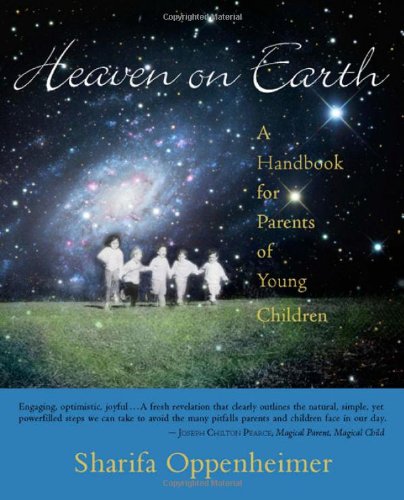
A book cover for Heaven on Earth: A Handbook for Parents of Young Children; Sharifa Oppenheimer; Parenting & Relationships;